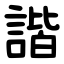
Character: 諧